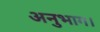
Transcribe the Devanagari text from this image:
अनुभाग।